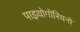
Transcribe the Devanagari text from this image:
पाइथोगोरियनो